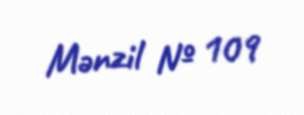
Mənzil № 109